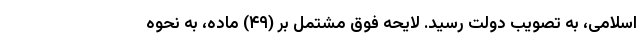
اسلامی، به تصویب دولت رسید. لایحه فوق مشتمل بر (۴۹) ماده، به نحوه